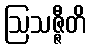
ဩသဇ္ဇီတိ